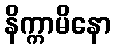
နိက္ကာမိနော